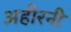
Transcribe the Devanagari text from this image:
अहीरनी